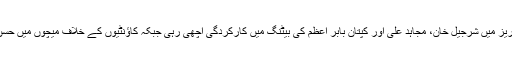
پاکستان اے ٹیم کے دورۂ انگلینڈ میں کھیلی گئی سہ فریقی ون ڈے سیریز میں شرجیل خان، مجاہد علی اور کپتان بابر اعظم کی بیٹنگ میں کارکردگی اچھی رہی جبکہ کاؤنٹیوں کے خلاف میچوں میں حسن علی اور محمد نواز نے عمدہ آل راؤنڈ کارکردگی کا مظاہرہ کیا ہے۔